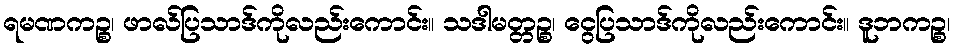
ရမဏကဉ္စ၊ ဖာလ်ပြသာဒ်ကိုလည်းကောင်း။ သဒါမတ္တဉ္စ၊ ငွေပြသာဒ်ကိုလည်းကောင်း။ ဒူဘကဉ္စ၊